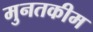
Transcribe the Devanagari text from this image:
मुनतकीम